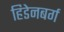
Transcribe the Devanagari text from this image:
हिडेनबर्ग